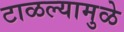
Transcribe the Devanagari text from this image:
टाळल्यामुळे